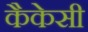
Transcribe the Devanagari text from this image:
कैकेसी